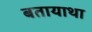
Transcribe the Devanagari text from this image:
बतायाथा